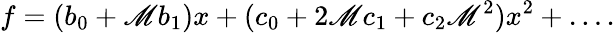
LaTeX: f=(b_{0}+\mathscr{M}b_{1})x+(c_{0}+2\mathscr{M}c_{1}+c_{2}\mathscr{M}^{2})x^{2}+\dots.